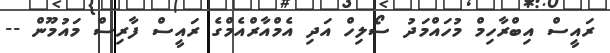
ރައީސް އިބްރާހިމް މުހައްމަދު ސޯލިހް އަދި އެމްއާރްއެމްގެ ރައީސް ފާރިސް މައުމޫން --